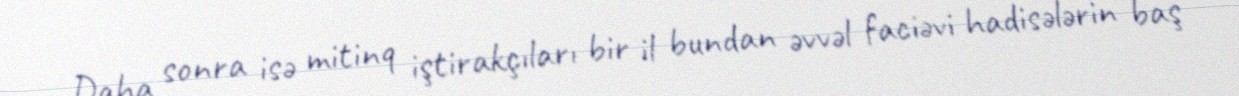
Daha sonra isə mitinq iştirakçıları bir il bundan əvvəl faciəvi hadisələrin baş